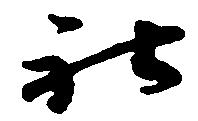
社